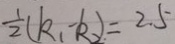
\frac { 1 } { 2 } ( k _ { 1 } - k _ { 2 } ) = 2 . 5